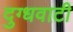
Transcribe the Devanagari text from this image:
दुग्धवाटी